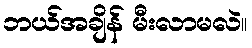
ဘယ်အချိန် မီးလာမလဲ။